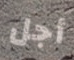
أجل